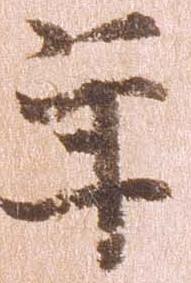
年